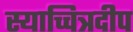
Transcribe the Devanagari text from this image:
स्याच्चित्रदीप